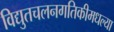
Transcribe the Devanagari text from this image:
विद्युतचलनगतिकीमधल्या